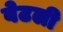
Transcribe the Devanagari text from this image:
वेटली